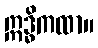
ဣဒ္ဓိကထာ။